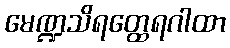
မေဏ္ဍသိရတ္ထေရဂါထာ